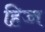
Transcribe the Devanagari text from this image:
हिज्ज